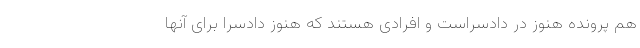
هم پرونده هنوز در دادسراست و افرادی هستند که هنوز دادسرا برای آنها